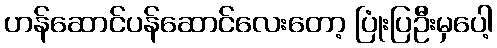
ဟန်ဆောင်ပန်ဆောင်လေးတော့ ပြုံးပြဦးမှပေါ့